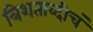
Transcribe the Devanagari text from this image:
त्रिशताब्दीचं